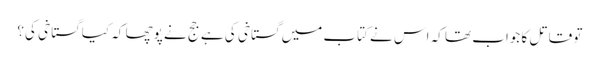
تو قاتل کا جواب تھا کہ اس نے کتاب میں گستاخی کی ہے جج نے پوچھا کہ کیا گستاخی کی؟